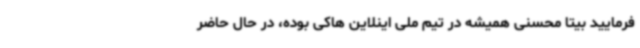
‌فرمایید بیتا محسنی همیشه در تیم ملی اینلاین هاکی بوده، در حال حاضر